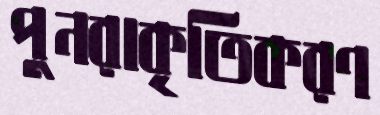
পুনরাকৃতিকরণ